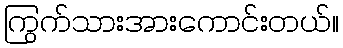
ကြွက်သားအားကောင်းတယ်။